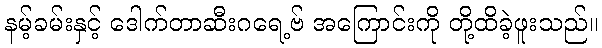
နမ့်ခမ်းနှင့် ဒေါက်တာဆီးဂရေ့ဗ် အကြောင်းကို တို့ထိခဲ့ဖူးသည်။